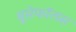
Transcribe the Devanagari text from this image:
बुसेफॉलस